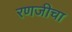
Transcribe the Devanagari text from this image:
रणजीचा